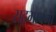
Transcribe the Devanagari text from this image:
सद़भावना